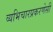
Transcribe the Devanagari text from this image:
व्यभिचारप्रकरणेसी